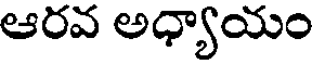
ఆరవ అధ్యాయం